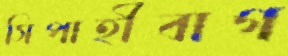
সিপাহীবাগ